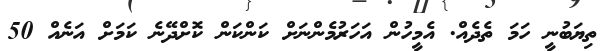
ތިޔަބުނީ ހަމަ ތެދެއް. އެމީހުން އަހަރުމެންނަށް ކަންކަން ކޮށްދޭނެ ކަމަށް އަނެއް 50